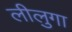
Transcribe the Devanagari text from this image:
लीलुगा